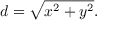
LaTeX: d = { \sqrt { x ^ { 2 } + y ^ { 2 } } } .